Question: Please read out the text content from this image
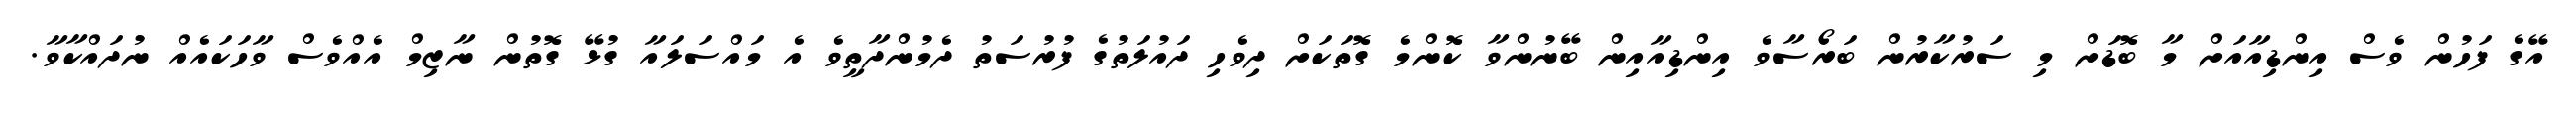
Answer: އޭގެ ފަހުން ވެސް އިންޑިއާއަށް މާ ބޮޑަށް މި ސަރުކާރުން ބަރޯސާވެ އިންޑިއާއިން ބޭނުންވާ ކޮންމެ ގޮތަކަށް ދިވެހި ދައުލަތުގެ ފުރުސަތު ދެމުންދާތީވެ އެ މައްސަލައާ ގުޅޭ ގޮތުން ނާޒިމް އެއްވެސް ވާހަކައެއް ނުދައްކާވާ.